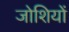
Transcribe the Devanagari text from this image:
जोशियों